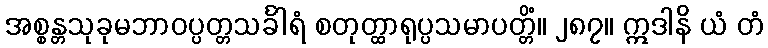
အစ္စန္တသုခုမဘာဝပ္ပတ္တသင်္ခါရံ စတုတ္ထာရုပ္ပသမာပတ္တိံ။ ၂၈၇။ ဣဒါနိ ယံ တံ